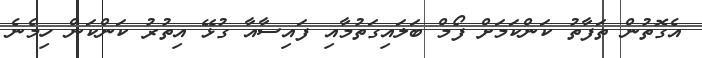
އެގޮތުން ތަފާތު ކަންކަމަށް ފޯމް ބަލައިގަތުމާއި ފައިސާއާ ގުޅޭ އިތުރު ކަންކަން ހިމެނެ